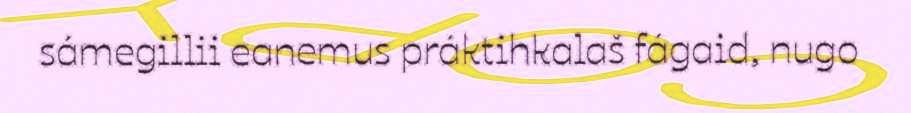
sámegillii eanemus práktihkalaš fágaid, nugo